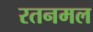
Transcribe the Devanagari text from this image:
रतनमल